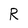
Character: R